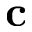
\mathbf { c }